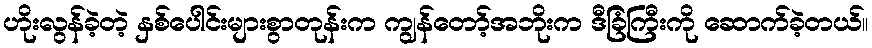
ဟိုးလွန်ခဲ့တဲ့ နှစ်ပေါင်းများစွာတုန်းက ကျွန်တော့်အဘိုးက ဒီခြံကြီးကို ဆောက်ခဲ့တယ်။